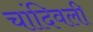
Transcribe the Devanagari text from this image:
चांदिवली